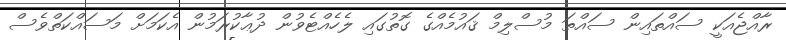
ރާއްޖެއަކީ ސައްތައިން ސައްތަ މުސްލިމް ޤައުމެއްގެ ގޮތުގައި ލެހެއްޓެވުން ދުޢާކުރަމުން އެކަމަށް މަސައްކަތްވެސް